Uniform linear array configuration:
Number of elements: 64
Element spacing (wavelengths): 0.75
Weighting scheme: uniform
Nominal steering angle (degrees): -45
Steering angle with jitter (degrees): -45.225
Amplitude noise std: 0.05
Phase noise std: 0.05

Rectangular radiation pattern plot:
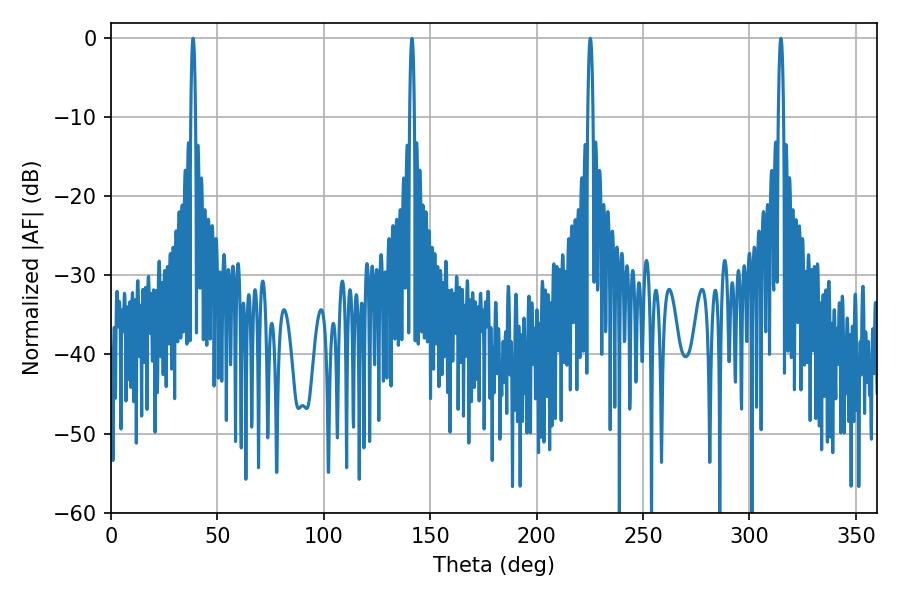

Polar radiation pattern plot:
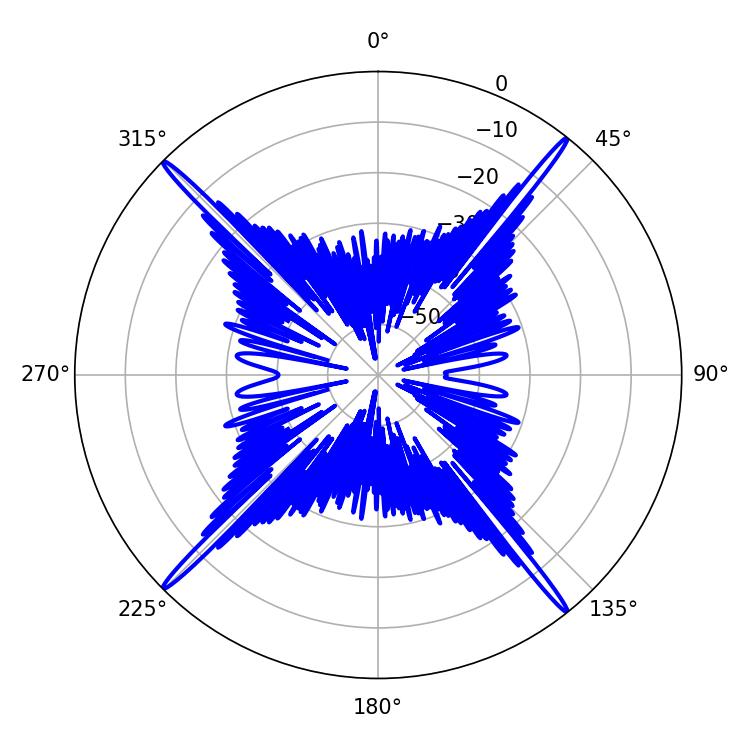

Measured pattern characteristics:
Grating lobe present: TRUE
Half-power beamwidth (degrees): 1.26
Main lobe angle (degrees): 225.18